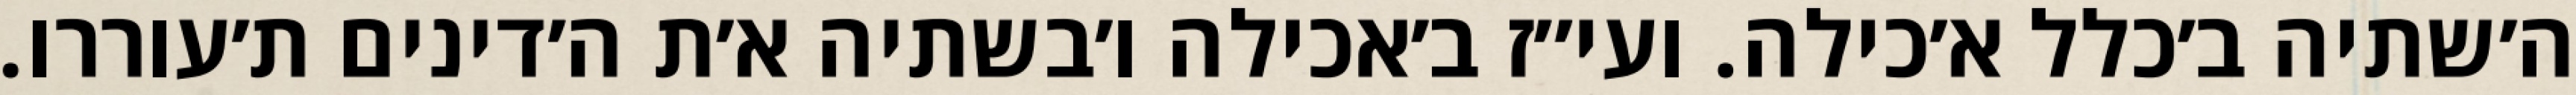
ה׳שתיה ב׳כלל א׳כילה. ועי״ז ב׳אכילה ו׳בשתיה א׳ת ה׳דינים ת׳עוררו.